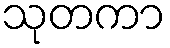
သုတကာ